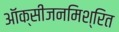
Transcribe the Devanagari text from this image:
ऑक्सीजनमिश्रित